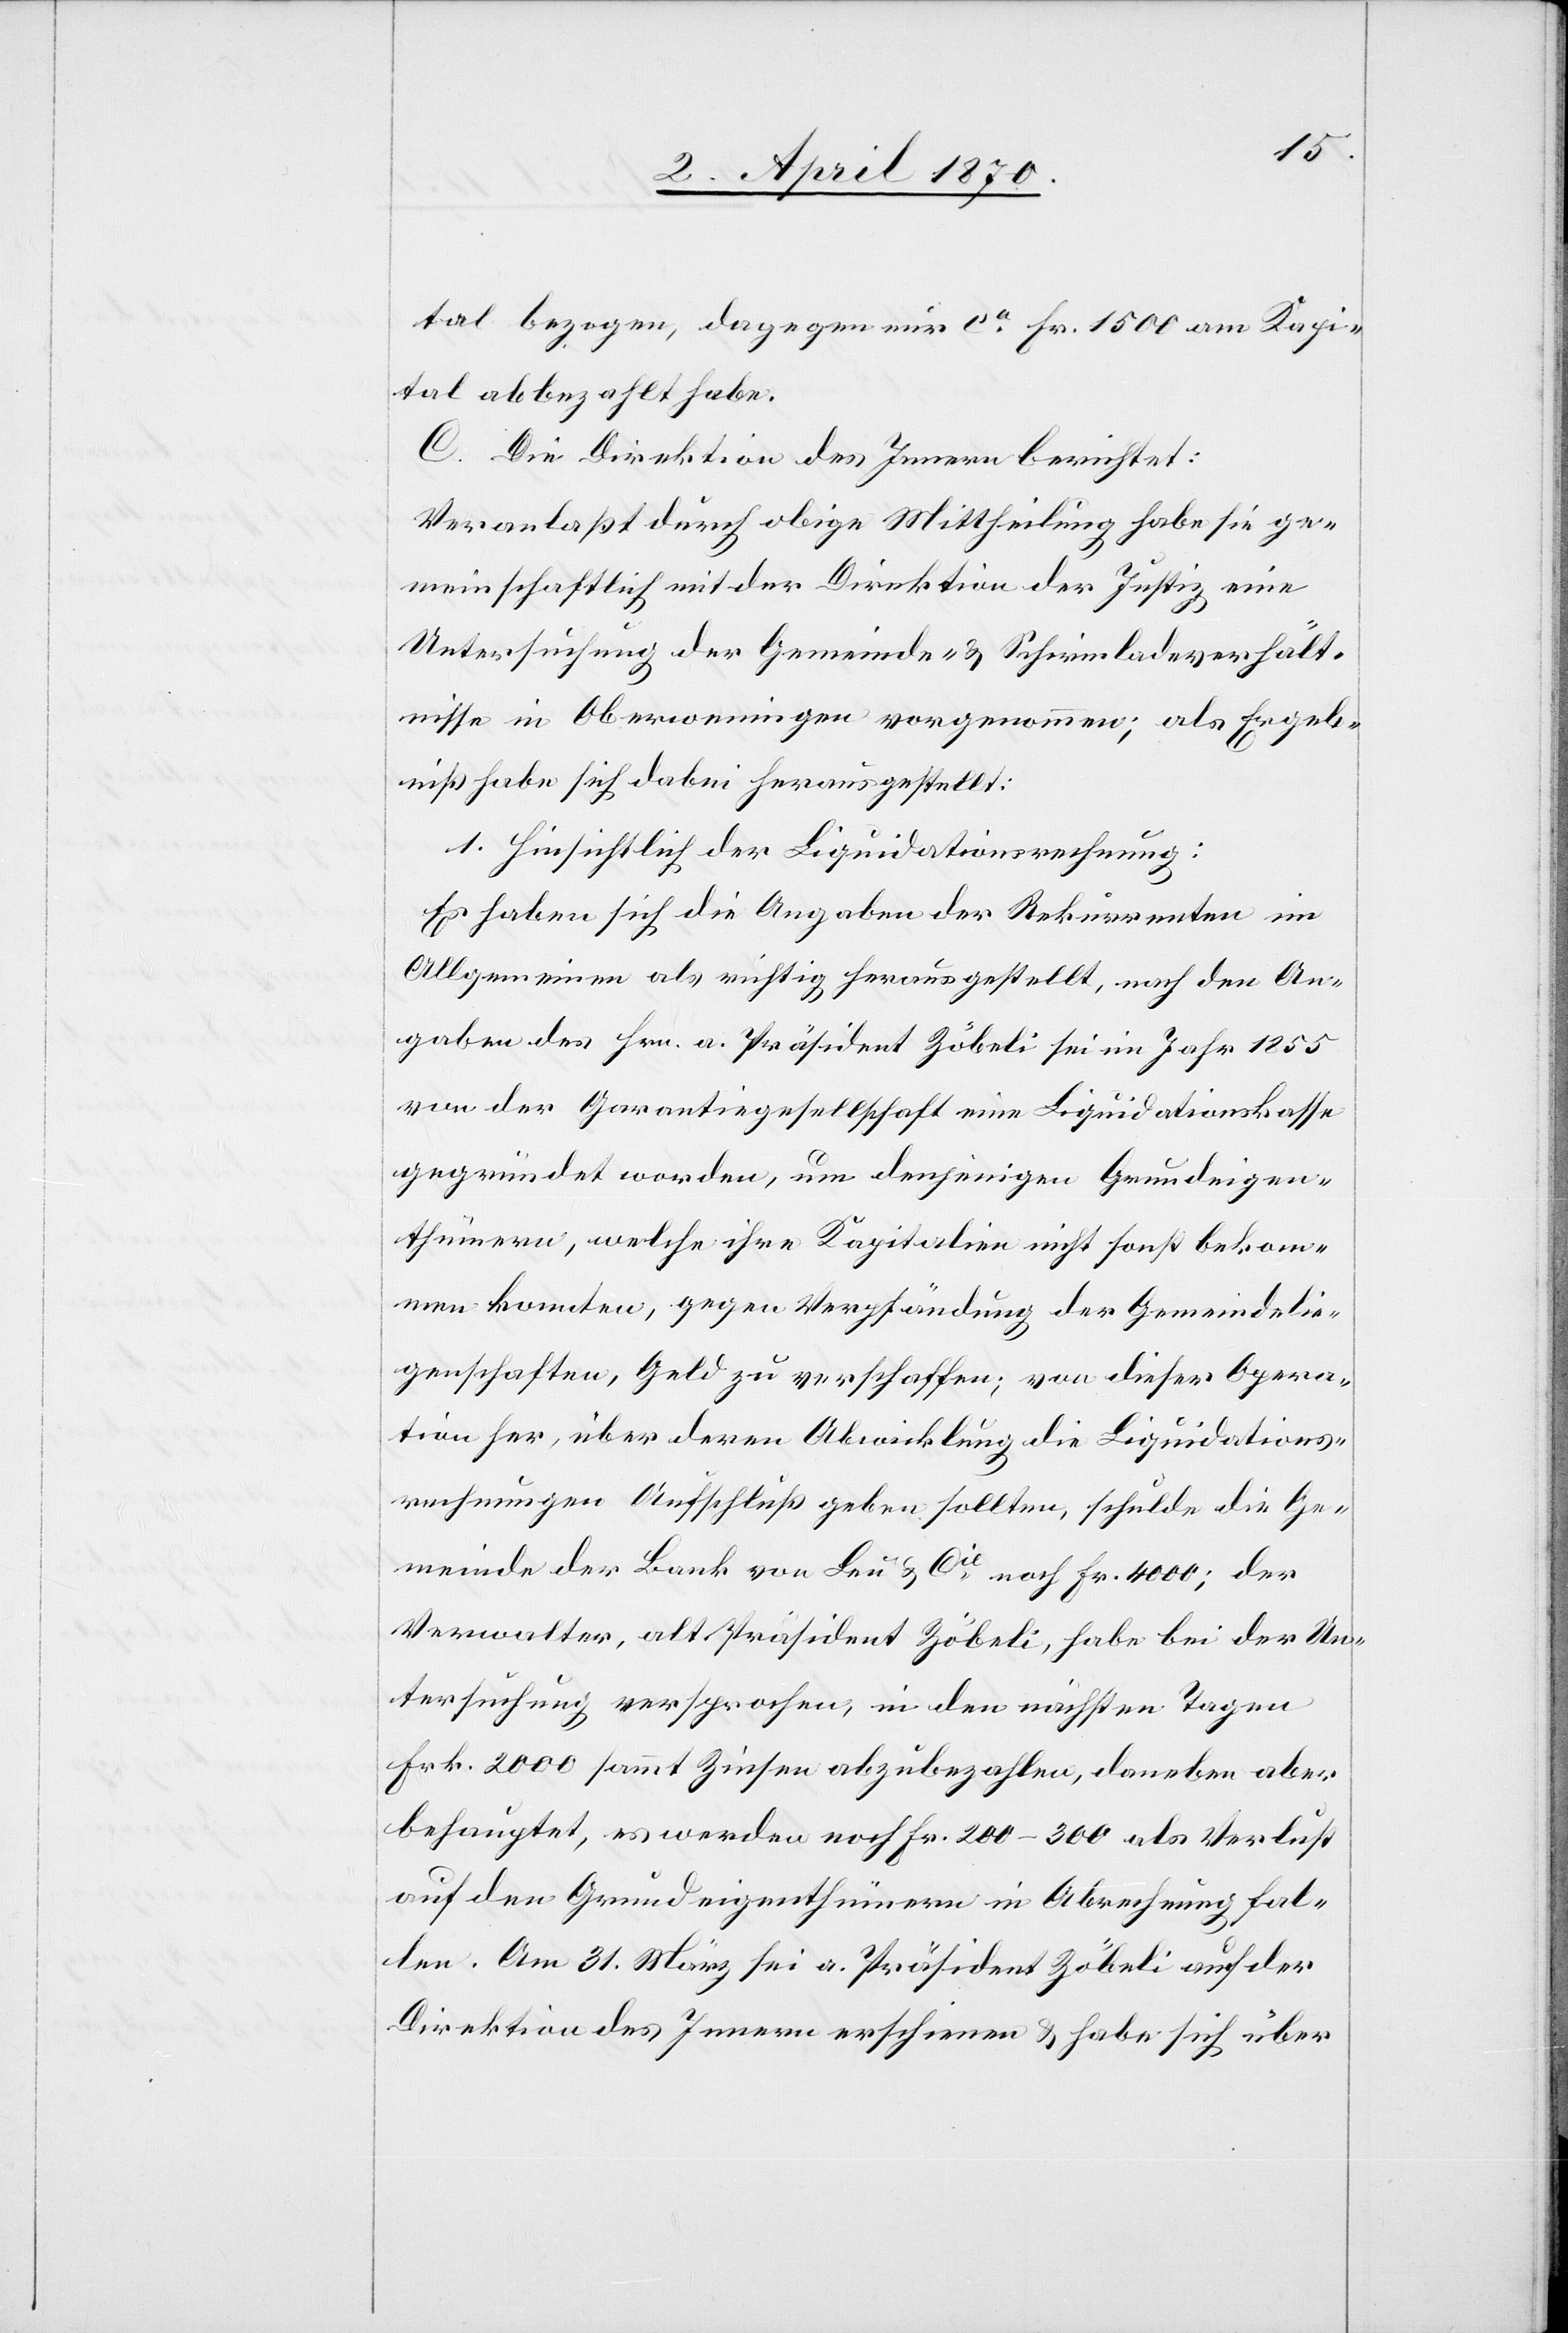
tal bezogen, dagegen nur ca Fr. 1500 am Kapi¬
tal abbezahlt habe.
C. Die Direktion des Innern berichtet:
Veranlaßt durch obige Mittheilung habe sie ge¬
meinschaftlich mit der Direktion der Justiz eine
Untersuchung der Gemeinde- & Schirmladeverhält¬
nisse in Oberweningen vorgenommen; als Ergeb¬
niß habe sich dabei herausgestellt:
1. Hinsichtlich der Liquidationsrechnung:
Es haben sich die Angaben der Rekurrenten im
Allgemeinen als richtig herausgestellt, nach den An¬
gaben des Hrn. a. Präsident Zöbeli sei im Jahr 1855
von der Garantiegesellschaft eine Liquidationskasse
gegründet worden, um denjenigen Grundeigen¬
thümern, welche ihre Kapitalien nicht sonst bekom¬
men konnten, gegen Verpfändung der Gemeindelie¬
genschaften, Geld zu verschaffen; von dieser Opera¬
tion her, über deren Abwicklung die Liquidations¬
rechnungen Aufschluß geben sollten, schulde die Ge¬
meinde der Bank von Leu & Cie noch Fr. 4000; der
Verwalter, alt Präsident Zöbeli, habe bei der Un¬
tersuchung versprochen, in den nächsten Tagen
Frk. 2000 sammt Zinsen abzubezahlen, daneben aber
behauptet, es werden noch Fr. 200–300 als Verlust
auf den Grundeigenthümern in Abrechnung fal¬
len. Am 31. März sei a. Präsident Zöbeli auf der
Direktion des Innern erschienen & habe sich über